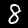
Label: 8